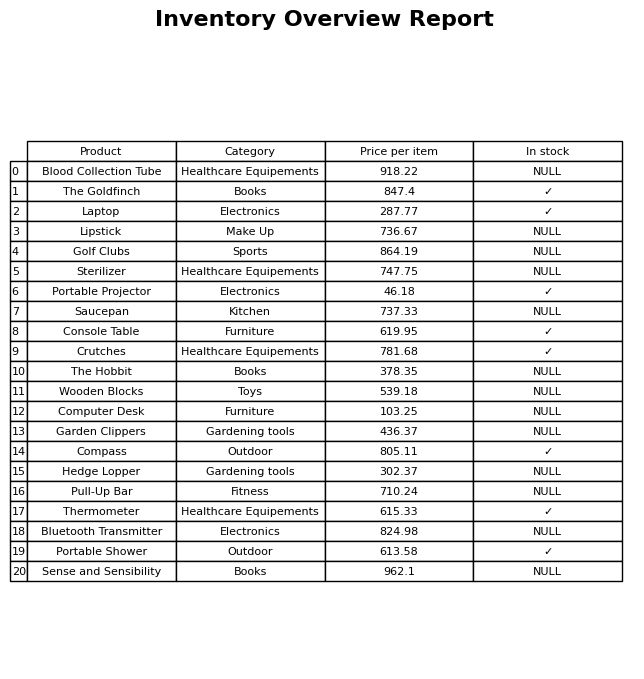
question: Which products are currently out of stock?
answer: Blood Collection Tube, Lipstick, Golf Clubs, Sterilizer, Saucepan, The Hobbit, Wooden Blocks, Computer Desk, Garden Clippers, Hedge Lopper, Pull-Up Bar, Bluetooth Transmitter, Sense and Sensibility